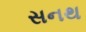
સનથ